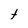
Character: t